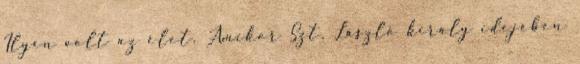
Ilyen volt az élet. Amikor Szt. László király idejében